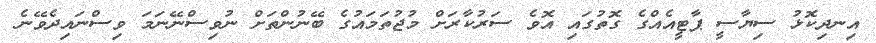
އިނދިކޮޅު ސިޔާސީ ޕާޓީއެއްގެ ގޮތުގައި އޮވެ ސަރުކާރަށް މުޖުތަމައުގެ ބޭނުންތަށް ނުވިސްނޭނަމަ ވިސްނައިދެވޭނެ